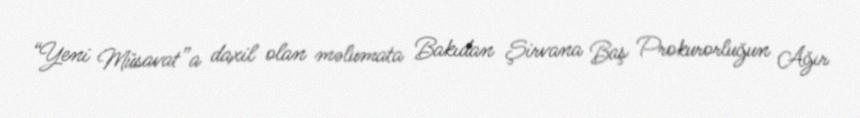
“Yeni Müsavat”a daxil olan məlumata Bakıdan Şirvana Baş Prokurorluğun Ağır